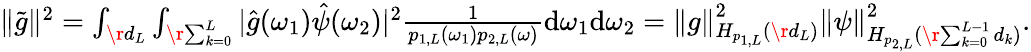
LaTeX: \begin{array}{r}{\Vert\tilde{g}\Vert^{2}=\int_{\r{d_{L}}}\int_{\r{\sum_{k=0}^{L}}}\vert\hat{g}(\omega_{1})\hat{\psi}(\omega_{2})\vert^{2}\frac 1{p_{1,L}(\omega_{1})p_{2,L}(\omega)}\mathrm{d}\omega_{1}\mathrm{d}\omega_{2}=\Vert g\Vert_{H_{p_{1,L}}(\r{d_{L}})}^{2}\Vert\psi\Vert_{H_{p_{2,L}}(\r{\sum_{k=0}^{L-1}d_{k}})}^{2}.}\end{array}